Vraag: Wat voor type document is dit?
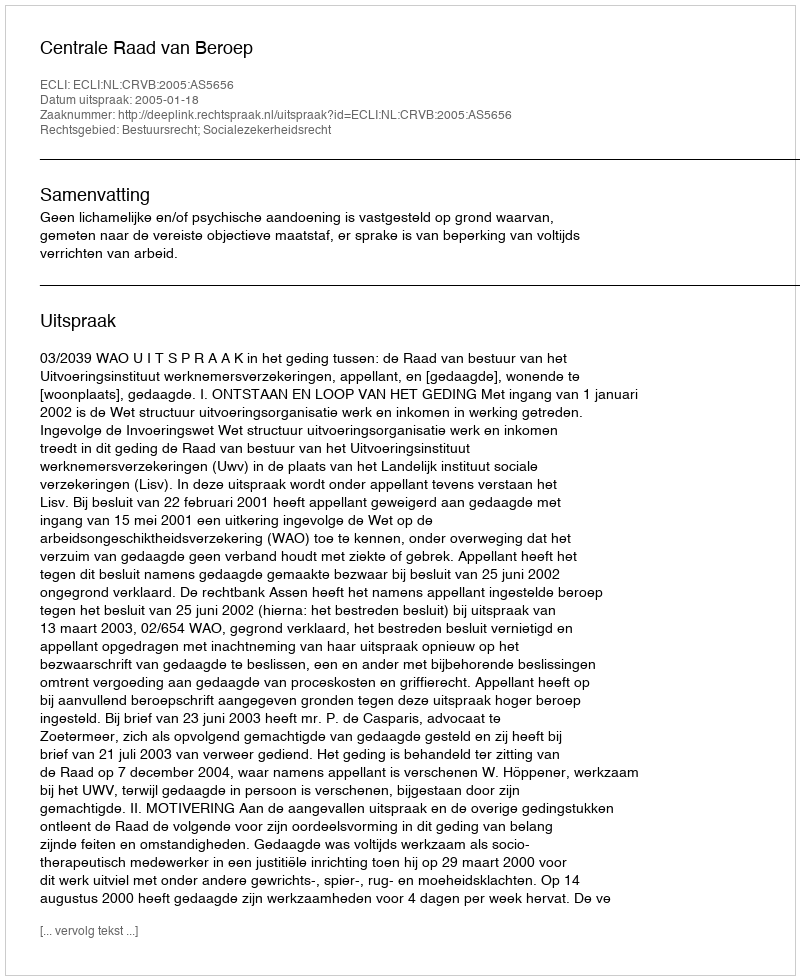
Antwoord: Uitspraak